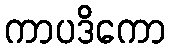
ကာပဒိကော